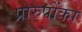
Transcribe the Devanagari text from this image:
प्रारुपोंका